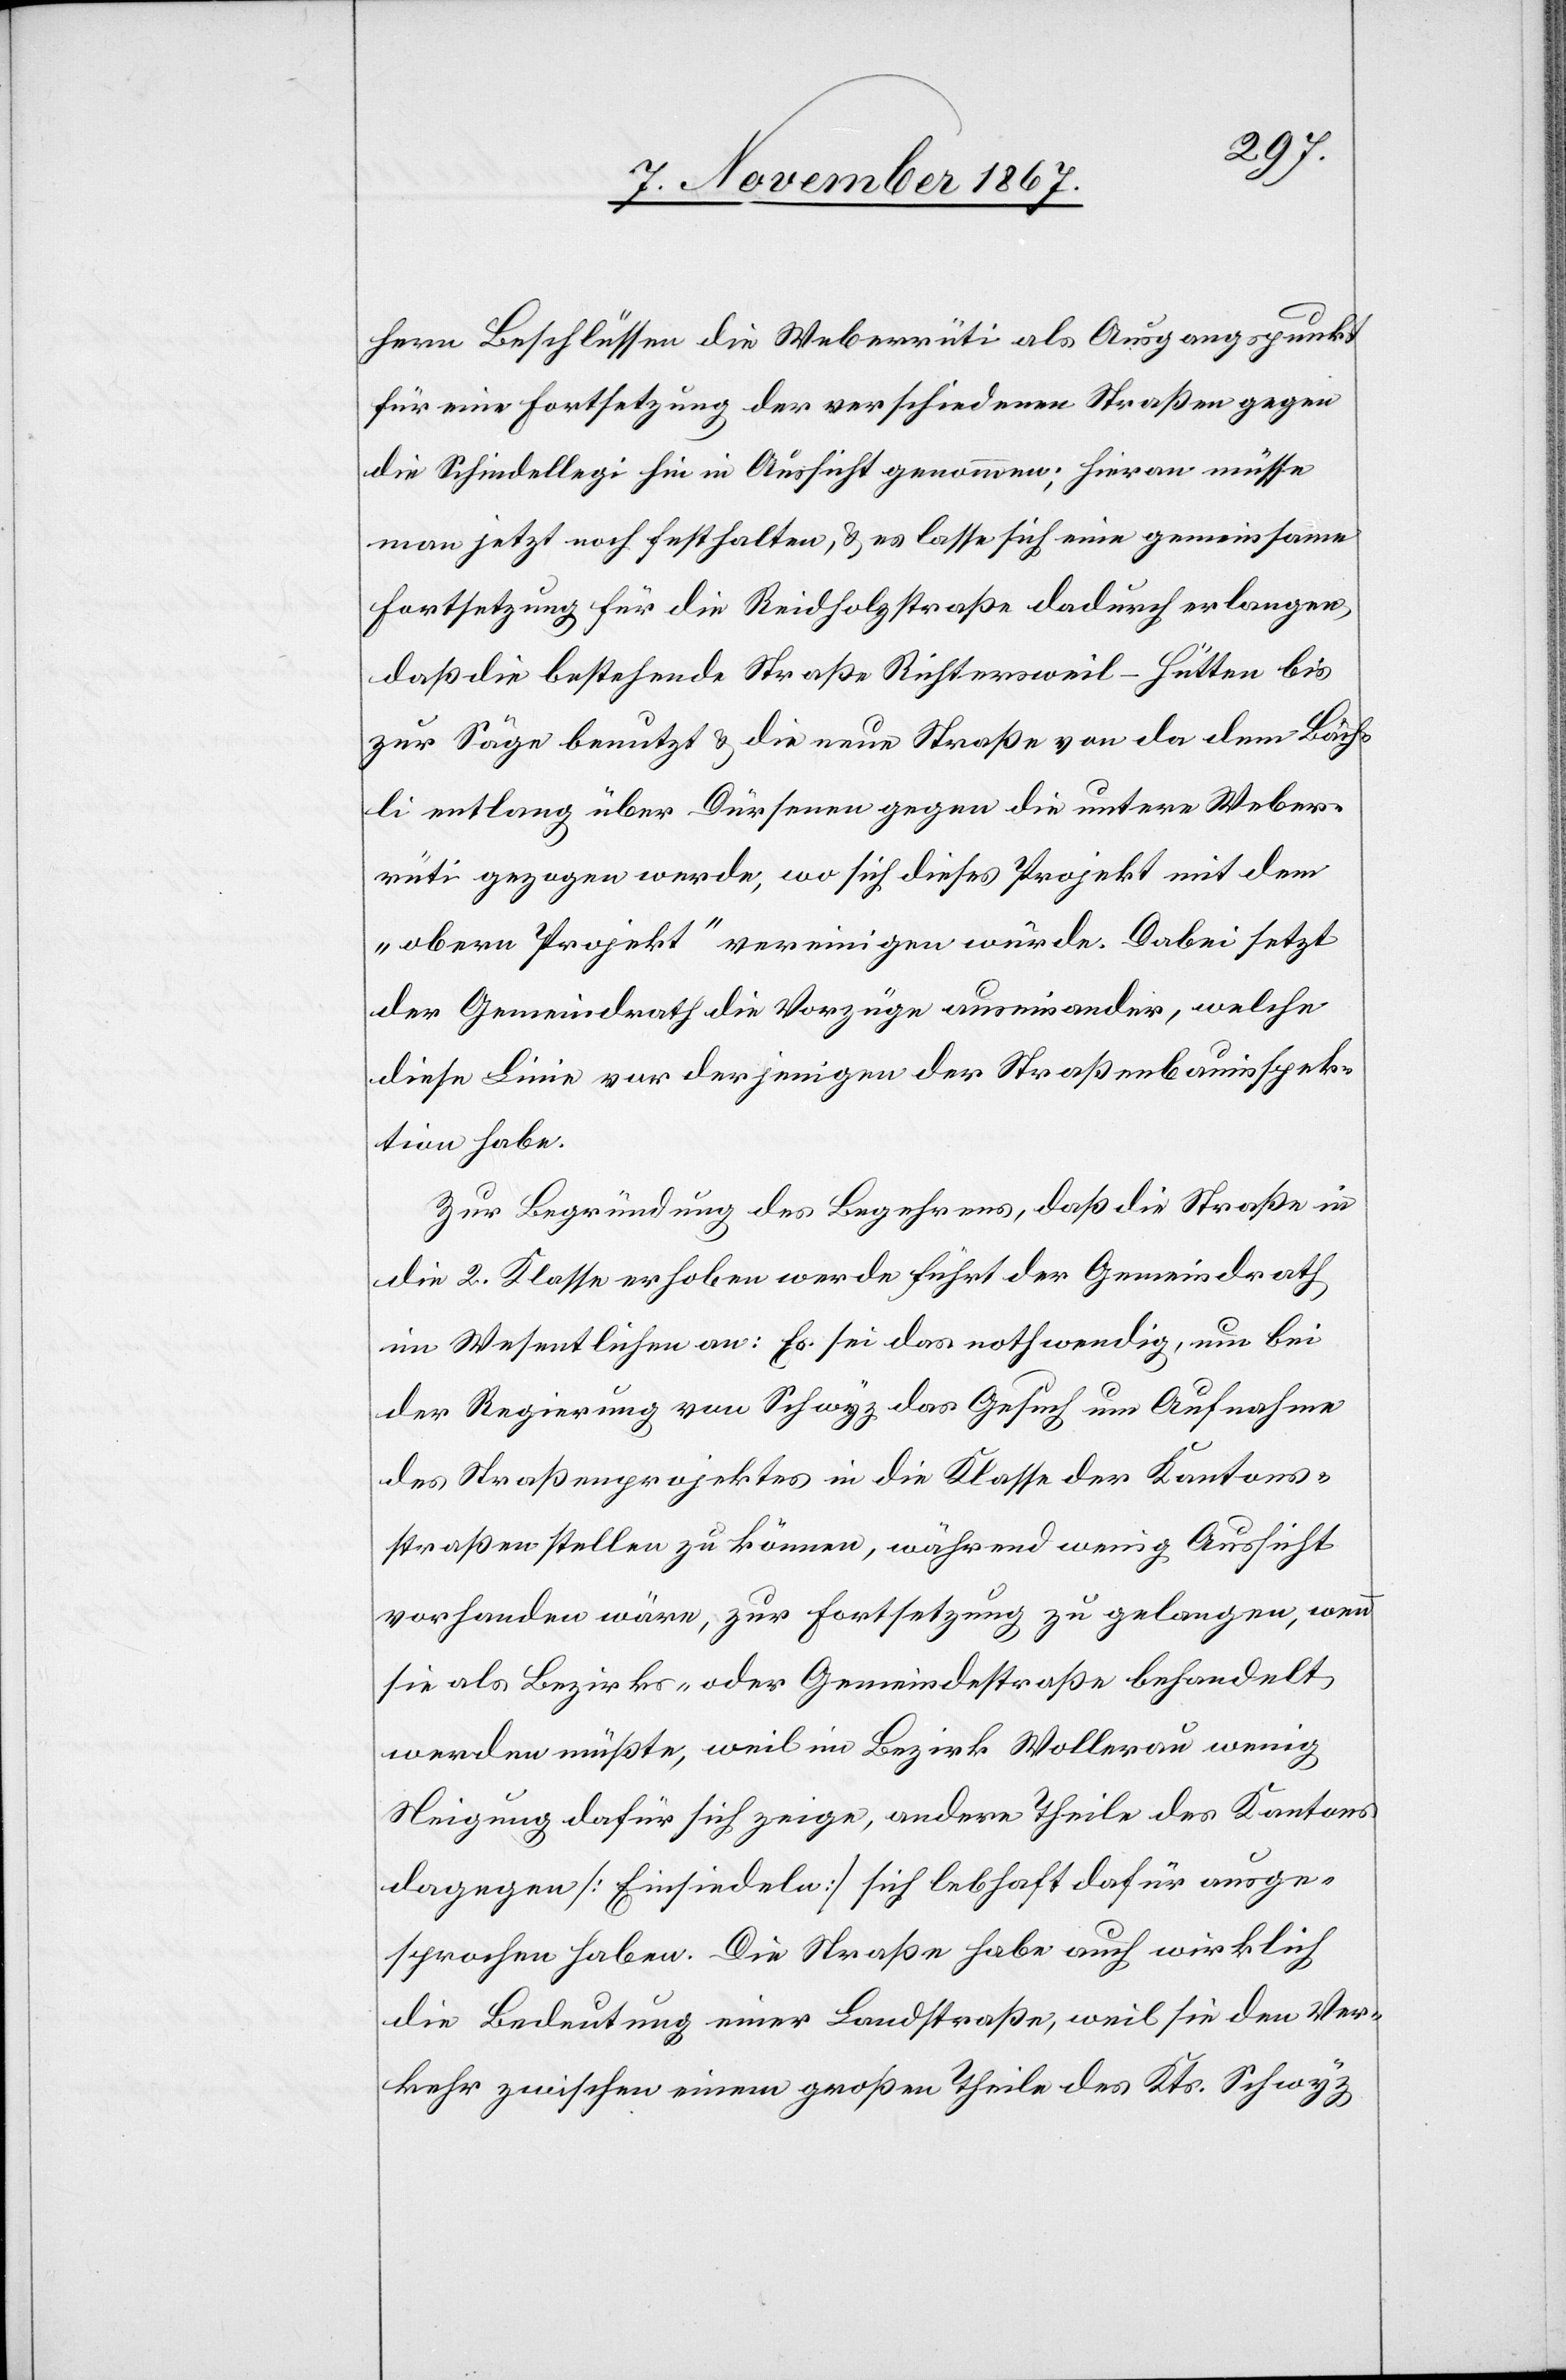
hern Beschlüssen die Weberrüti als Ausgangspunkt
für eine Fortsetzung der verschiedenen Straßen gegen
die Schindellegi hin in Aussicht genommen; hieran müsse
man jetzt noch festhalten, u. es lasse sich eine gemeinsame
Fortsetzung für die Reidholzstraße dadurch erlangen,
daß die bestehende Straße Richtersweil–Hütten bis
zur Säge benutzt u. die neue Straße von da dem Bäch¬
li entlang über Dürsenen gegen die untere Weber¬
rüti gezogen werde, wo sich dieses Projekt mit dem
„obern Projekt“ vereinigen würde. Dabei setzt
der Gemeindrath die Vorzüge auseinander, welche
diese Linie vor derjenigen der Straßenbauinspek¬
tion habe.
Zur Begründung des Begehrens, daß die Straß in
die 2. Klasse erhoben werde führt der Gemeindrath
im Wesentlichen an: Es sei das nothwendig, um bei
der Regierung von Schwyz das Gesuch um Aufnahme
des Straßenprojektes in die Klasse der Kantons¬
straßen stellen zu können, während wenig Aussicht
vorhanden wäre, zur Fortsetzung zu gelangen, wenn
sie als Bezirks- oder Gemeindestraße behandelt
werden müßte, weil im Bezirk Wollerau wenig
Neigung dafür sich zeige, andere Theile des Kantons
dagegen [Einsiedeln] sich lebhaft dafür ausge¬
sprochen haben. Die Straße habe auch wirklich
die Bedeutung einer Landstraße, weil sie den Ver¬
kehr zwischen einem großen Theile des Kts. Schwyz